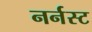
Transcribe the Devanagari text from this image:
नर्नस्ट